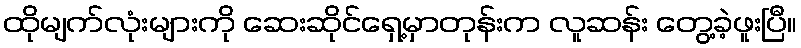
ထိုမျက်လုံးများကို ဆေးဆိုင်ရှေ့မှာတုန်းက လူဆန်း တွေ့ခဲ့ဖူးပြီ။